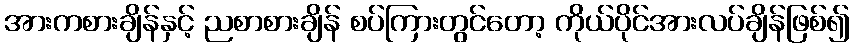
အားကစားချိန်နှင့် ညစာစားချိန် စပ်ကြားတွင်တော့ ကိုယ်ပိုင်အားလပ်ချိန်ဖြစ်၍